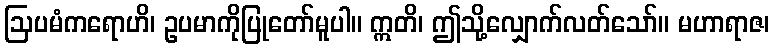
ဩပမံကရောဟိ၊ ဥပမာကိုပြုတော်မူပါ။ ဣတိ၊ ဤသို့လျှောက်လတ်သော်။ မဟာရာဇ၊